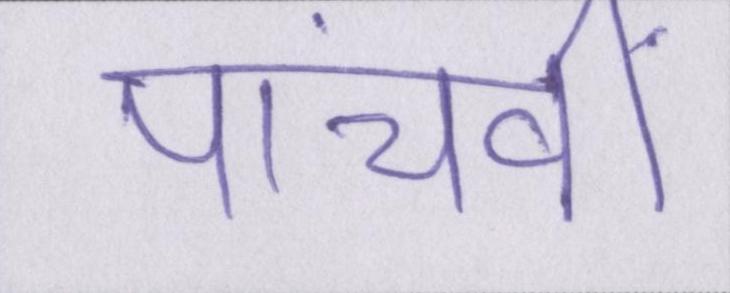
पांचवीं